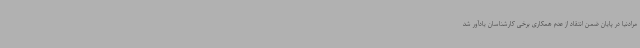
مرادنیا در پایان ضمن انتقاد از عدم همکاری برخی کارشناسان یادآور شد